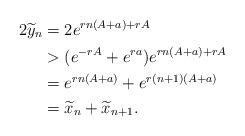
LaTeX: \begin{align*} 2\widetilde y_n & = 2e^{rn(A+a)+rA} \\ & > (e^{-rA}+e^{ra})e^{rn(A+a)+rA} \\ & = e^{rn(A+a)} + e^{r(n+1)(A+a)} \\ & =\widetilde x_n + \widetilde x_{n+1}.\end{align*}